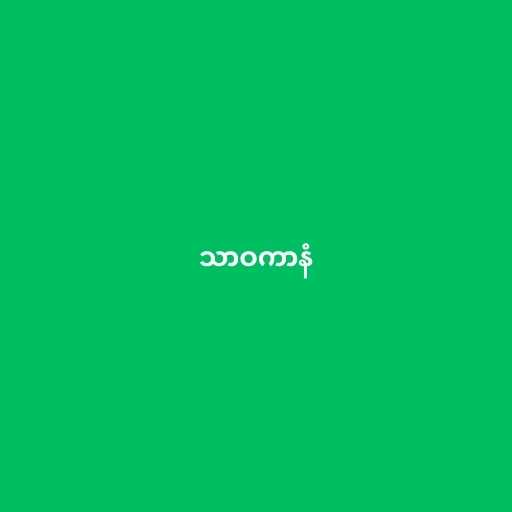
သာဝကာနံ